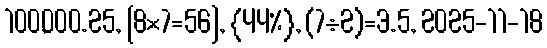
100,000.25, [8×7=56], {44%}, (7÷2)=3.5, 2025-11-18